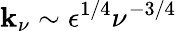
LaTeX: \mathbf{k}_{\nu}\sim\epsilon^{1/4}\nu^{-3/4}